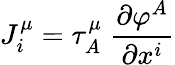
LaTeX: J_{i}^{\mu}=\tau_{A}^{\mu}\; \frac{\partial\varphi^{A}}{\partial x^{i}}